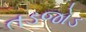
તડજોડ